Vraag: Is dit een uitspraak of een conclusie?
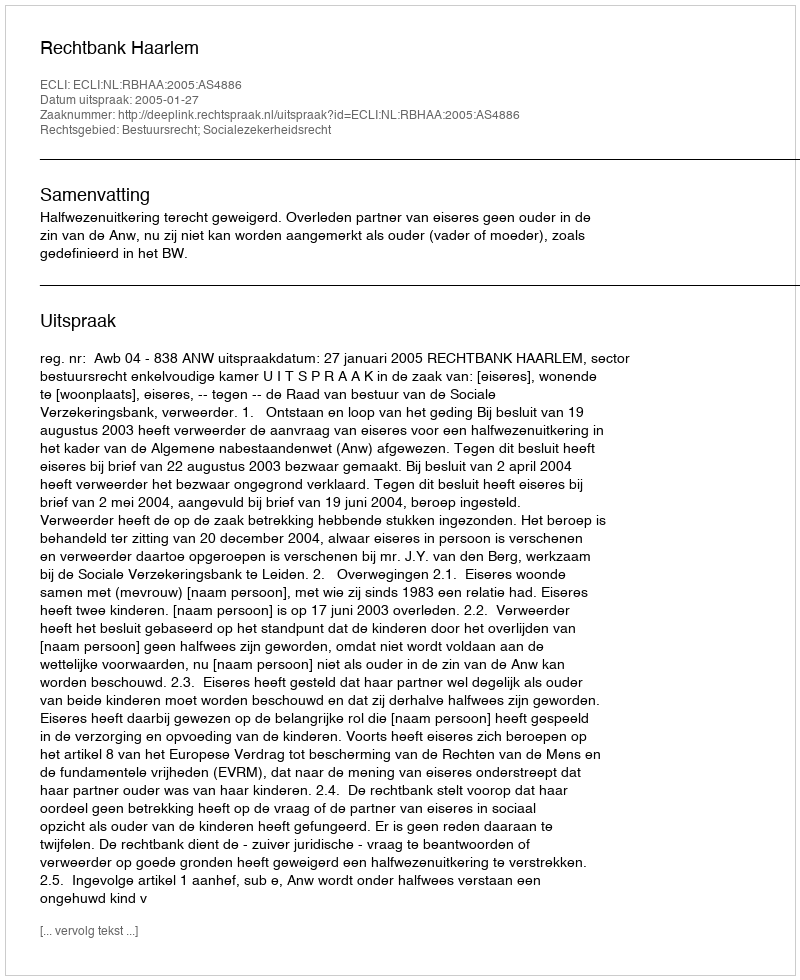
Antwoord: Uitspraak